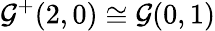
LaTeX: {\mathcal{G}}^{+}(2,0)\cong{\mathcal{G}}(0,1)